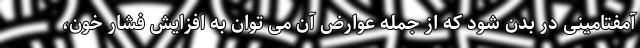
آمفتامینی در بدن شود که از جمله عوارض آن می توان به افزایش فشار خون،